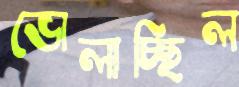
ভোলাচ্ছিল